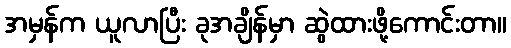
အမှန်က ယူလာပြီး ခုအချိန်မှာ ဆွဲထားဖို့ကောင်းတာ။